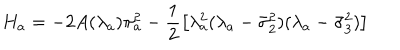
H _ { a } = - 2 A ( \lambda _ { a } ) \pi _ { a } ^ { 2 } - \frac { 1 } { 2 } \left[ \lambda _ { a } ^ { 2 } ( \lambda _ { a } - \bar { \sigma } _ { 2 } ^ { 2 } ) ( \lambda _ { a } - \bar { \sigma } _ { 3 } ^ { 2 } ) \right]